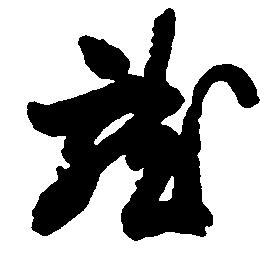
就